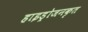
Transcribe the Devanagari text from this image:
हाइड्रोजनकृत